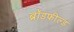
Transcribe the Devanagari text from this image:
ब्रॉडफील्ड